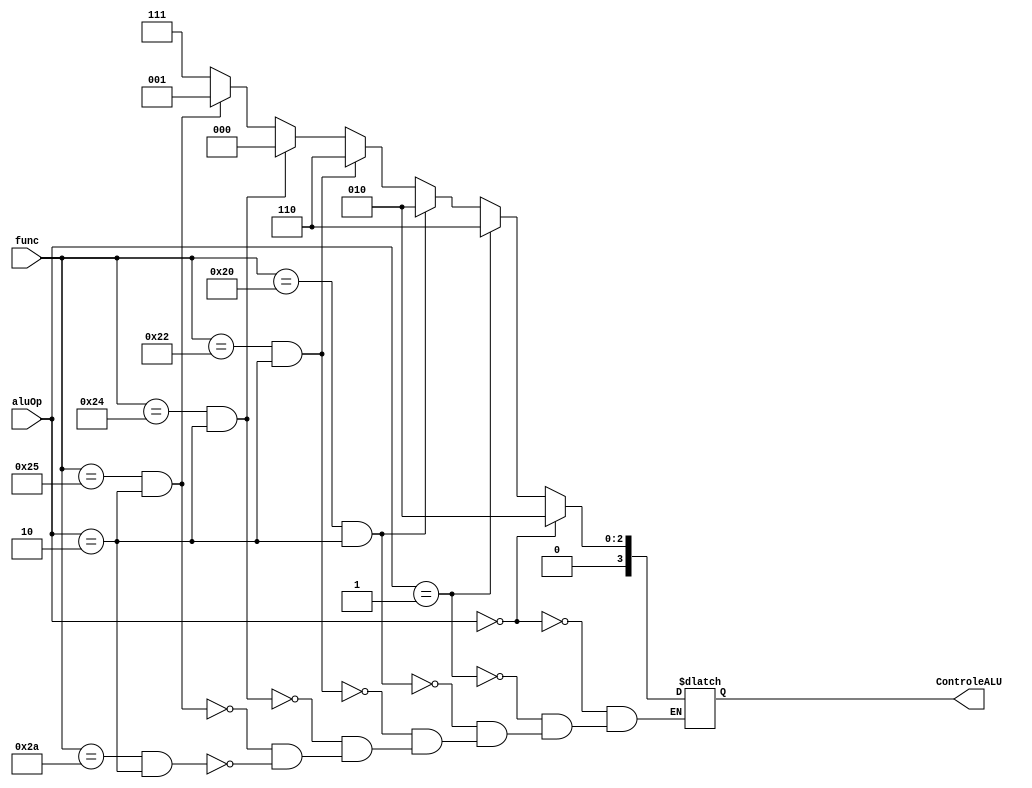
module ALUCONTROL(
	input wire[1:0] aluOp,
	input wire[5:0] func,
	output wire[3:0] ControleALU
);

reg[3:0] _ControleALU;

always @ (aluOp or func)
begin

  if(aluOp == 0)
  begin
  _ControleALU <= 4'b0010;
  end
  else 
  if(aluOp == 1)
  begin
  _ControleALU <= 4'b0110;
  end
   else
  if(func == 6'b100000 && aluOp == 2)
    begin
    _ControleALU <= 4'b0010;
    end
  else
  if(func == 6'b100010 && aluOp == 2)
    begin
    _ControleALU <= 4'b0110;
    end
else
  if(func == 6'b100100 && aluOp == 2)
  begin
  _ControleALU <= 4'b0000;
  end
else 
  if(func == 6'b100101 && aluOp == 2)
  begin
  _ControleALU <= 4'b0001;
  end
else
  if(func == 6'b101010 && aluOp == 2)
  begin
  _ControleALU <= 4'b0111;
  end

  


end

assign ControleALU = _ControleALU;

endmodule